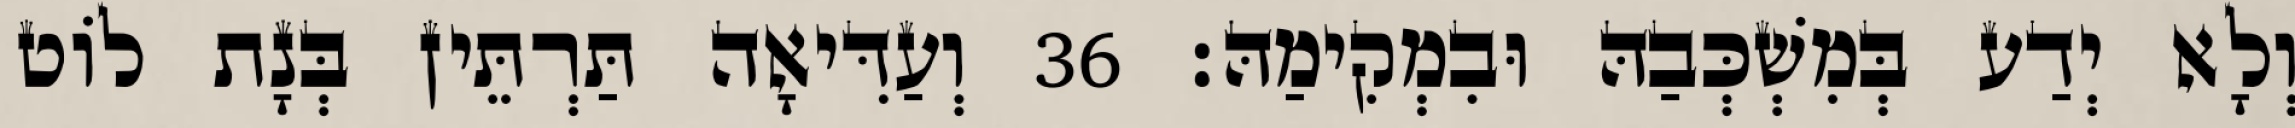
וְלָא יְדַע בְּמִשְׁכְּבַהּ וּבִמְקִימַהּ׃ 36 וְעַדִּיאָה תַּרְתֵּין בְּנָת לוֹט